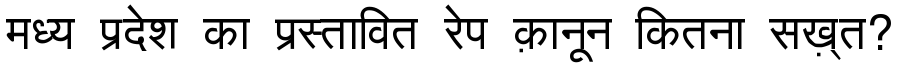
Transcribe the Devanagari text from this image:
मध्य प्रदेश का प्रस्तावित रेप क़ानून कितना सख़्त?